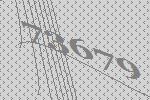
73679